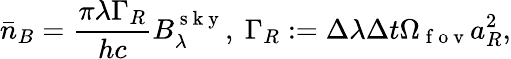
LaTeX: \bar{n}_{B}=\frac{\pi\lambda\Gamma_{R}}{hc}B_{\lambda}^{\mathrm{~s~k~y~}},~\Gamma_{R}:=\Delta\lambda\Delta t\Omega_{\mathrm{~f~o~v~}}a_{R}^{2},